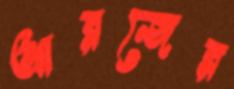
আরজের